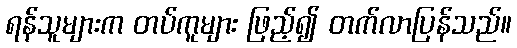
ရန်သူများက တပ်ကူများ ဖြည့်၍ တက်လာပြန်သည်။